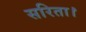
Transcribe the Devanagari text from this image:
सरिता।